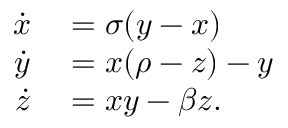
\begin{array} { r l } { \dot { x } } & { { } = \sigma ( y - x ) } \\ { \dot { y } } & { { } = x ( \rho - z ) - y } \\ { \dot { z } } & { { } = x y - \beta z . } \end{array}